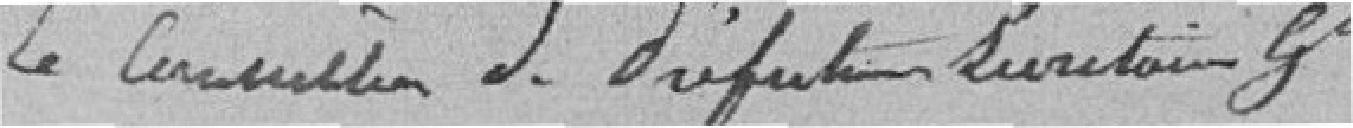
Le Conseiller de Préfecture Secrétaire Général